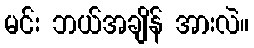
မင်း ဘယ်အချိန် အားလဲ။